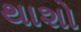
થાશો